Report on vaccination in the Province of Bengal - 1874-1889
Year: 1874
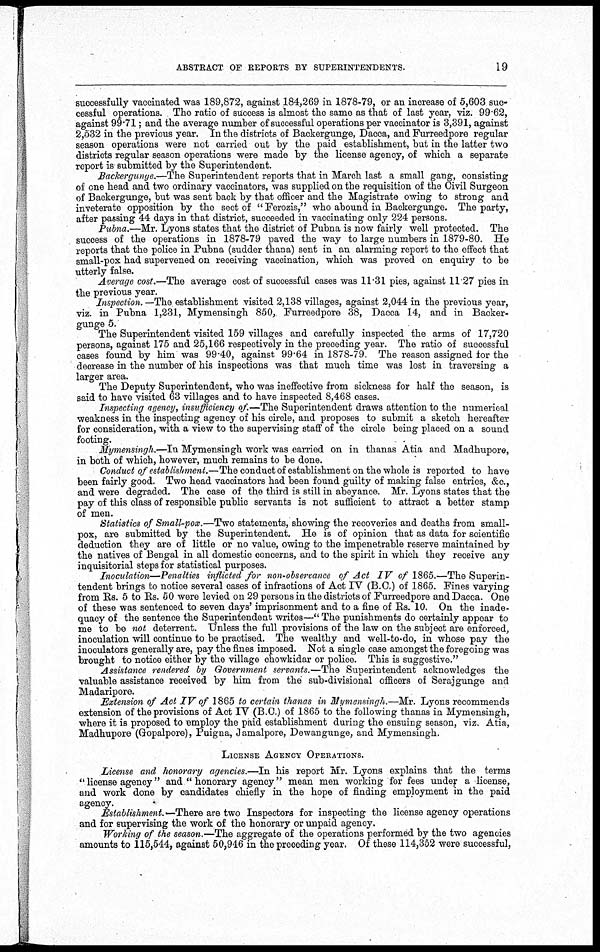
ABSTRACT OF REPORTS BY SUPERINTENDENTS.
19
successfully vaccinated was 189,872, against 184,269 in 1878-79, or an increase of 5,603 suc-
cessful operations. The ratio of success is almost the same as that of last year, viz. 99.62,
against 99.71; and the average number of successful operations per vaccinator is 3,391, against
2,532 in the previous year. In the districts of Backergunge, Dacca, and Furreedpore regular
season operations were not carried out by the paid establishment, but in the latter two
districts regular season operations were made by the license agency, of which a separate
report is submitted by the Superintendent.
Backergunge.—The Superintendent reports that in March last a small gang, consisting
of one head and two ordinary vaccinators, was supplied on the requisition of the Civil Surgeon
of Backergunge, but was sent back by that officer and the Magistrate owing to strong and
inveterate opposition by the sect of " Ferozis," who abound in Backergunge. The party,
after passing 44 days in that district, succeeded in vaccinating only 224 persons.
Pubna.—Mr. Lyons states that the district of Pubna is now fairly well protected. The
success of the operations in 1878-79 paved the way to large numbers in 1879-80. He
reports that the police in Pubna (sudder thana) sent in an alarming report to the effect that
small-pox had supervened on receiving vaccination, which was proved on enquiry to be
utterly false.
Average cost.—The average cost of successful cases was 11.31 pies, against 11.27 pies in
the previous year.
Inspection. —The establishment visited 2,138 villages, against 2,044 in the previous year,
viz. in Pubna 1,231, Mymensingh 850, Furreedpore 38, Dacca 14, and in Backer-
gunge 5.
The Superintendent visited 159 villages and carefully inspected the arms of 17,720
persons, against 175 and 25,166 respectively in the preceding year. The ratio of successful
cases found by him was 99.40, against 99.64 in 1878-79. The reason assigned for the
decrease in the number of his inspections was that much time was lost in traversing a
larger area.
The Deputy Superintendent, who was ineffective from sickness for half the season, is
said to have visited 63 villages and to have inspected 8,468 cases.
Inspecting agency, insufficiency of.—The Superintendent draws attention to the numerical
weakness in the inspecting agency of his circle, and proposes to submit a sketch hereafter
for consideration, with a view to the supervising staff of the circle being placed on a sound
footing.
Mymensingh.—In Mymensingh work was carried on in thanas Atia and Madhupore,
in both of which, however, much remains to be done.
Conduct of establishment.—The conduct of establishment on the whole is reported to have
been fairly good. Two head vaccinators had been found guilty of making false entries, &c.,
and were degraded. The case of the third is still in abeyance. Mr. Lyons states that the
pay of this class of responsible public servants is not sufficient to attract a better stamp
of men.
Statistics of Small-pox.—Two statements, showing the recoveries and deaths from small-
pox, are submitted by the Superintendent. He is of opinion that as data for scientific
deduction they are of little or no value, owing to the impenetrable reserve maintained by
the natives of Bengal in all domestic concerns, and to the spirit in which they receive any
inquisitorial steps for statistical purposes.
Inoculation—Penalties inflicted for non-observance of Act IV of 1865.—The Superin-
tendent brings to notice several cases of infractions of Act IV (B.C.) of 1865. Fines varying
from Rs. 5 to Rs. 50 were levied on 29 persons in the districts of Furreedpore and Dacca. One
of these was sentenced to seven days' imprisonment and to a fine of Rs. 10. On the inade-
quacy of the sentence the Superintendent writes—" The punishments do certainly appear to
me to be not deterrent. Unless the full provisions of the law on the subject are enforced,
inoculation will continue to be practised. The wealthy and well-to-do, in whose pay the
inoculators generally are, pay the fines imposed. Not a single case amongst the foregoing was
brought to notice either by the village chowkidar or police. This is suggestive."
Assistance rendered by Government servants.—The Superintendent acknowledges the
valuable assistance received by him from the sub-divisional officers of Serajgunge and
Madaripore.
Extension of Act IV of 1865 to certain thanas in Mymensingh.—Mr. Lyons recommends
extension of the provisions of Act IV (B.C.) of 1865 to the following thanas in Mymensingh,
where it is proposed to employ the paid establishment during the ensuing season, viz. Atia,
Madhupore (Gopalpore), Puigna, Jamalpore, Dewangunge, and Mymensingh.
LICENSE AGENCY OPERATIONS.
License and honorary agencies.—In his report Mr. Lyons explains that the terms
" license agency" and " honorary agency" mean men working for fees under a license,
and work done by candidates chiefly in the hope of finding employment in the paid
agency.
Establishment.—There are two Inspectors for inspecting the license agency operations
and for supervising the work of the honorary or unpaid agency3
Working of the season.—The aggregate of the operations performed by the two agencies
amounts to 115,544, against 50,946 in the preceding year. Of these 114,352 were successful,